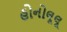
હોનોલૂલૂ